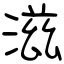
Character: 滋